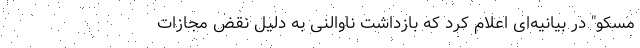
مسکو" در بیانیه‌ای اعلام کرد که بازداشت ناوالنی به دلیل نقض مجازات